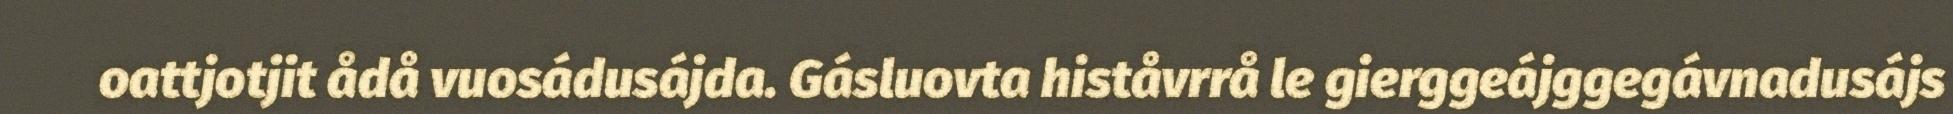
oattjotjit ådå vuosádusájda. Gásluovta histåvrrå le gierggeájggegávnadusájs